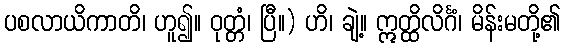
ပစလာယိကာတိ၊ ဟူ၍။ ဝုတ္တံ၊ ပြီ။) ဟိ၊ ချဲ့။ ဣတ္ထိလိင်္ဂံ၊ မိန်းမတို့၏